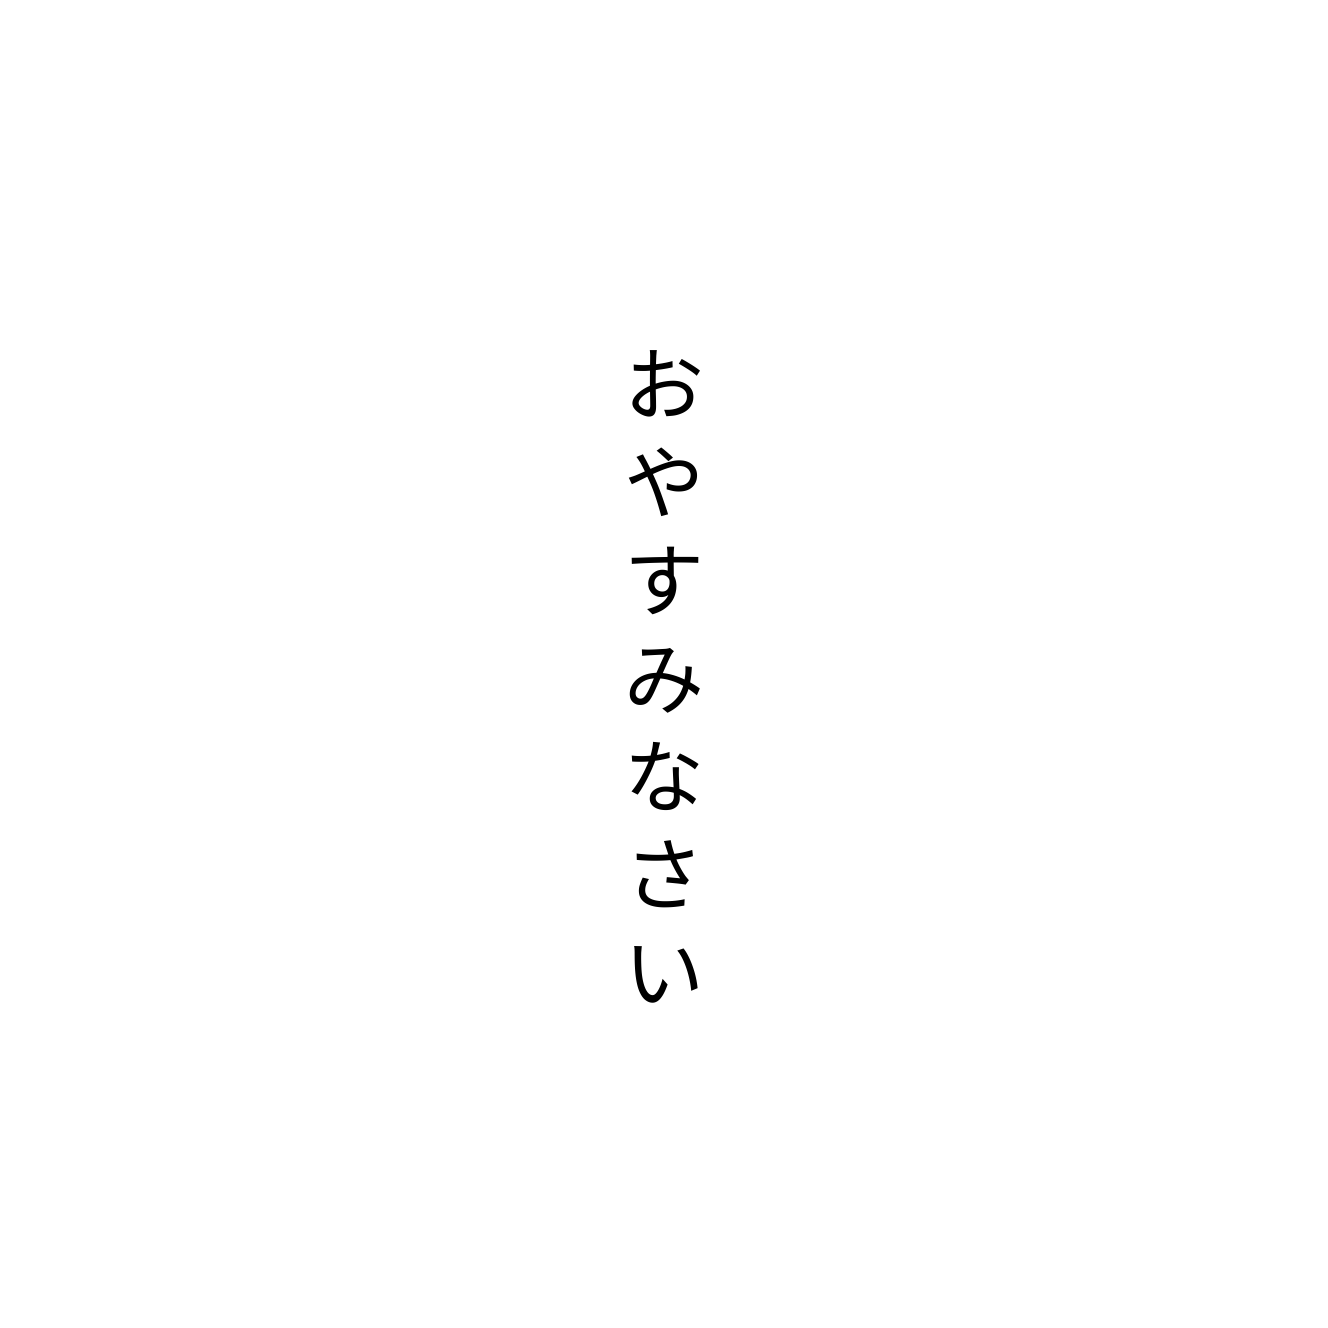
おやすみなさい